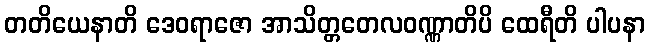
တတိယေနာတိ ဒေဝရာဇော အာသိတ္တတေလဝဏ္ဏာတိပိ ထေရီတိ ပါပနာ